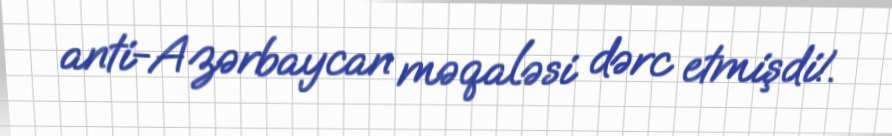
anti-Azərbaycan məqaləsi dərc etmişdi!.